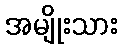
အမျိုးသား